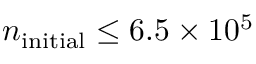
n _ { \mathrm { i n i t i a l } } \leq 6 . 5 \times 1 0 ^ { 5 }